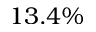
1 3 . 4 \%